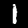
Digit: 1